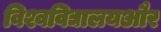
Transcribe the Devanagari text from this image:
विश्वविद्यालयऔर